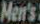
Men's